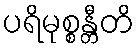
ပရိမုစ္စန္တီတိ